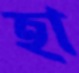
হা